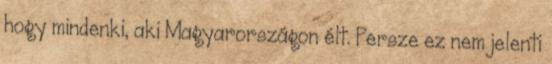
hogy mindenki, aki Magyarországon élt. Persze ez nem jelenti